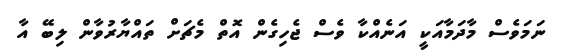
ނަމަވެސް މާދަމާއަކީ އަނެއްކާ ވެސް ޖެހިގެން އޮތް މެޗަށް ތައްޔާރުވާން ލިބޭ އާ